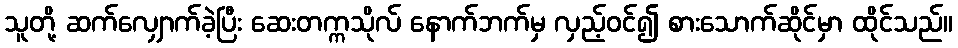
သူတို့ ဆက်လျှောက်ခဲ့ပြီး ဆေးတက္ကသိုလ် နောက်ဘက်မှ လှည့်ဝင်၍ စားသောက်ဆိုင်မှာ ထိုင်သည်။